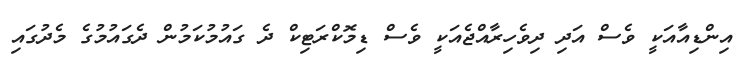
އިންޑިއާއަކީ ވެސް އަދި ދިވެހިރާއްޖެއަކީ ވެސް ޑިމޮކްރަޓިކް ދެ ގައުމުކަމުން ދެގައުމުގެ މެދުގައި